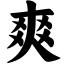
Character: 爽